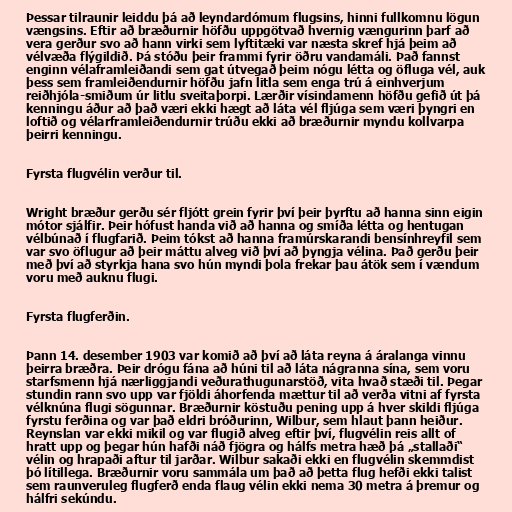
Þessar tilraunir leiddu þá að leyndardómum flugsins, hinni fullkomnu lögun
vængsins. Eftir að bræðurnir höfðu uppgötvað hvernig vængurinn þarf að
vera gerður svo að hann virki sem lyftitæki var næsta skref hjá þeim að
vélvæða flýgildið. Þá stóðu þeir frammi fyrir öðru vandamáli. Það fannst
enginn vélaframleiðandi sem gat útvegað þeim nógu létta og öfluga vél, auk
þess sem framleiðendurnir höfðu jafn litla sem enga trú á einhverjum
reiðhjóla-smiðum úr litlu sveitaþorpi. Lærðir vísindamenn höfðu gefið út þá
kenningu áður að það væri ekki hægt að láta vél fljúga sem væri þyngri en
loftið og vélarframleiðendurnir trúðu ekki að bræðurnir myndu kollvarpa
þeirri kenningu.

Fyrsta flugvélin verður til.

Wright bræður gerðu sér fljótt grein fyrir því þeir þyrftu að hanna sinn eigin
mótor sjálfir. Þeir hófust handa við að hanna og smíða létta og hentugan
vélbúnað í flugfarið. Þeim tókst að hanna framúrskarandi bensínhreyfil sem
var svo öflugur að þeir máttu alveg við því að þyngja vélina. Það gerðu þeir
með því að styrkja hana svo hún myndi þola frekar þau átök sem í vændum
voru með auknu flugi.

Fyrsta flugferðin.

Þann 14. desember 1903 var komið að því að láta reyna á áralanga vinnu
þeirra bræðra. Þeir drógu fána að húni til að láta nágranna sína, sem voru
starfsmenn hjá nærliggjandi veðurathugunarstöð, vita hvað stæði til. Þegar
stundin rann svo upp var fjöldi áhorfenda mættur til að verða vitni af fyrsta
vélknúna flugi sögunnar. Bræðurnir köstuðu pening upp á hver skildi fljúga
fyrstu ferðina og var það eldri bróðurinn, Wilbur, sem hlaut þann heiður.
Reynslan var ekki mikil og var flugið alveg eftir því, flugvélin reis allt of
hratt upp og þegar hún hafði náð fjögra og hálfs metra hæð þá „stallaði“
vélin og hrapaði aftur til jarðar. Wilbur sakaði ekki en flugvélin skemmdist
þó lítillega. Bræðurnir voru sammála um það að þetta flug hefði ekki talist
sem raunveruleg flugferð enda flaug vélin ekki nema 30 metra á þremur og
hálfri sekúndu.